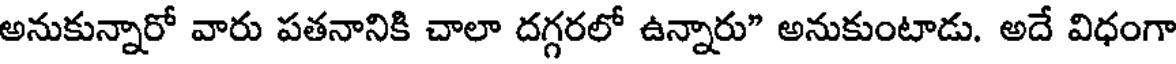
అనుకున్నారో వారు పతనానికి చాలా దగ్గరలో ఉన్నారు" అనుకుంటాడు. అదే విధంగా